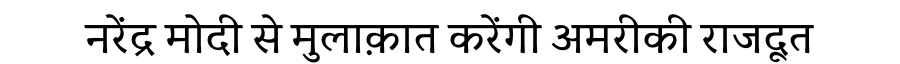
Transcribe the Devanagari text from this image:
नरेंद्र मोदी से मुलाक़ात करेंगी अमरीकी राजदूत